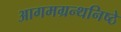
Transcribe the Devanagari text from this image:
आगमग्रन्थनिष्ठे